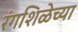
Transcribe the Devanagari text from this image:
रंगशिळेच्या